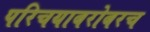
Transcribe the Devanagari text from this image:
परिचयाबरोबरच